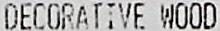
DECORATIVE WOOD